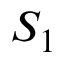
S _ { 1 }